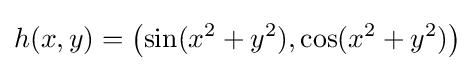
h(x,y)=\left(\sin(x^{2}+y^{2}),\cos(x^{2}+y^{2})\right)